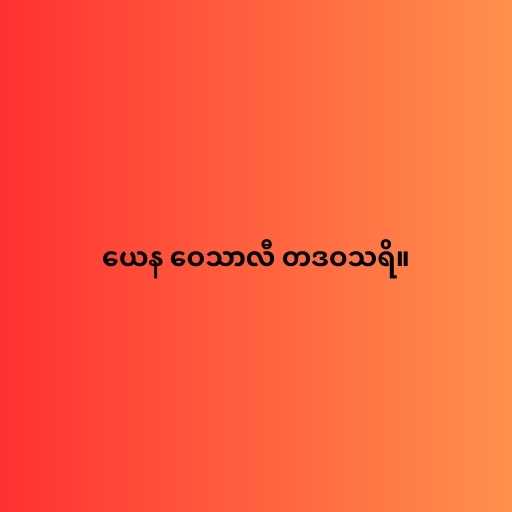
ယေန ဝေသာလီ တဒဝသရိ။